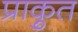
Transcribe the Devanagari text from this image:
प्राकृुत